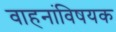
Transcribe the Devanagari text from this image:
वाहनांविषयक